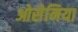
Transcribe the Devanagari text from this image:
ओसेनिया